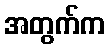
အတွက်က